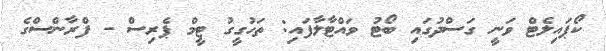
ކޯޕައިލެޓް ވަނީ ގަސްދުގައި ބޯޓު ވައްޓާލާފައި: ތަހުގީގު ޓީމް ޕެރިސް - ފްރާންސްގެ